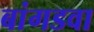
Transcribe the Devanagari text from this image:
बांगडवा